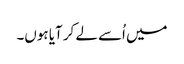
میں اُسے لے کر آیا ہوں۔